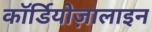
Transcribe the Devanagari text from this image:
कॉर्डियोज़ालाइन